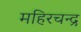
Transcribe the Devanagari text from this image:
महिरचन्द्र